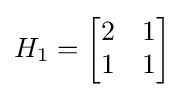
H_{1}={\begin{bmatrix}2&1\\1&1\end{bmatrix}}